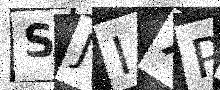
Text: SJIXP4